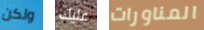
ولكن عليك المناورات